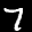
Label: 7